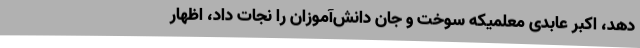
دهد، اکبر عابدی معلمیکه سوخت و جان دانش‌آموزان را نجات داد، اظهار